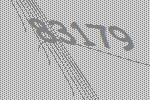
83179